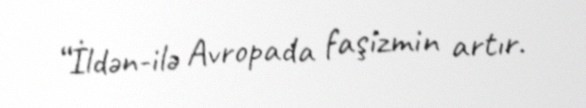
“İldən-ilə Avropada faşizmin artır.